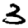
Digit: 3